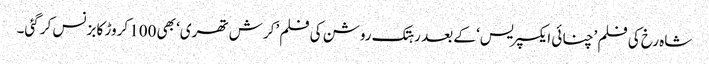
شاہ رخ کی فلم ’چنائی ایکسپریس‘ کے بعد رہتک روشن کی فلم ’کرش تھری‘ بھی 100 کروڑ کا بزنس کر گئی۔